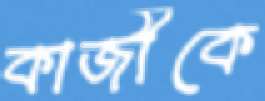
কাজীকে